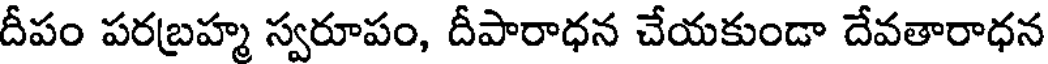
దీపం పరబ్రహ్మ స్వరూపం, దీపారాధన చేయకుండా దేవతారాధన